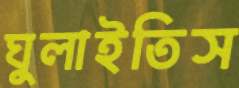
ঘুলাইতিস